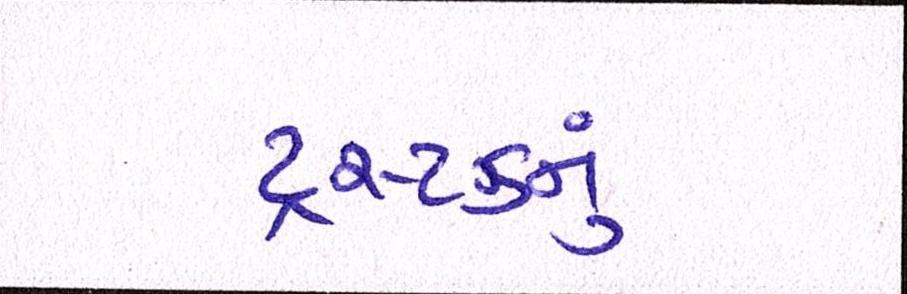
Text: ટ્રસ્ટડનું